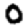
Digit: 0